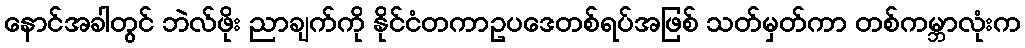
နောင်အခါတွင် ဘဲလ်ဖိုး ညာချက်ကို နိုင်ငံတကာဥပဒေတစ်ရပ်အဖြစ် သတ်မှတ်ကာ တစ်ကမ္ဘာလုံးက